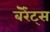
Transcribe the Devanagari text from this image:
बॅरेंट्‌स